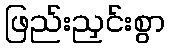
ဖြည်းညှင်းစွာ